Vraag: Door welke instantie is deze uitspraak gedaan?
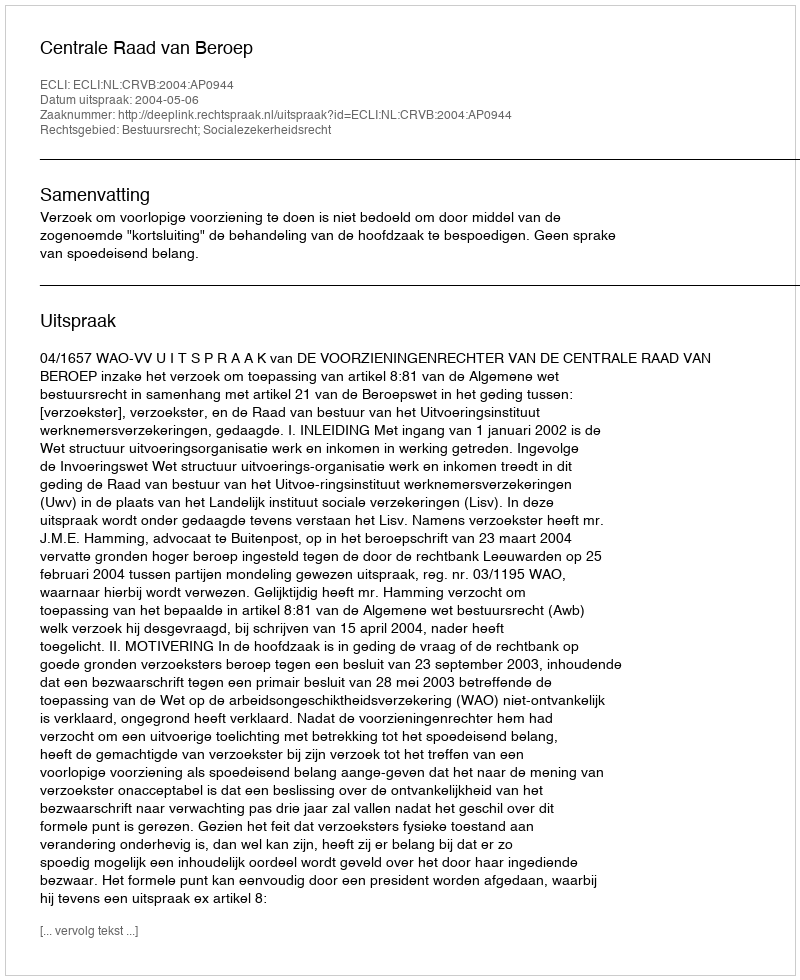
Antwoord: Centrale Raad van Beroep